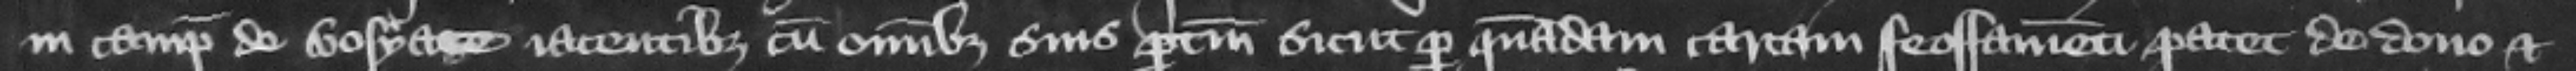
in camp de Bosyate iacentibus cum omnibus suis pertinenciis sicut per quandam cartam feoffamenti patet de dono et